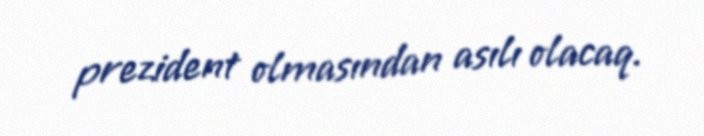
prezident olmasından asılı olacaq.